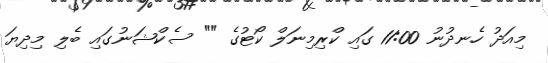
މިއަދު ހެނދުނު 11:00 ގައި ކްރިމިނަލް ކޯޓުގެ "" ސެކްޝަނުގައި ބެލި މިދިޔަ